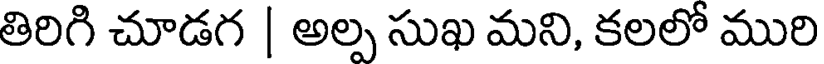
తిరిగి చూడగ | అల్ప సుఖ మని, కలలో మురి